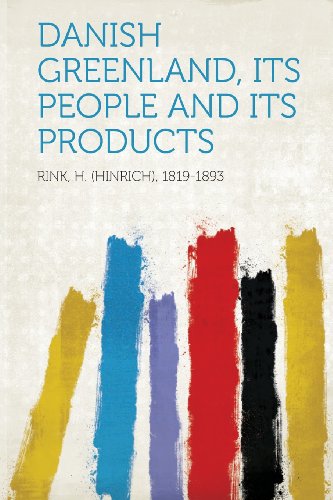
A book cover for Danish Greenland, Its People and Its Products; Rink H. (Hinrich) 1819-1893; History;